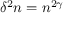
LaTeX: \delta ^ { 2 } n = n ^ { 2 \gamma }